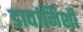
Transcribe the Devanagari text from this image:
डावांनिशी